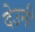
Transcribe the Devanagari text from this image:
देउनी